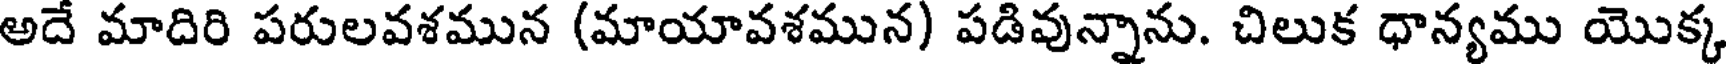
అదే మాదిరి పరులవశమున (మాయావశమున) పడివున్నాను. చిలుక ధాన్యము యొక్క